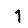
Digit: 1